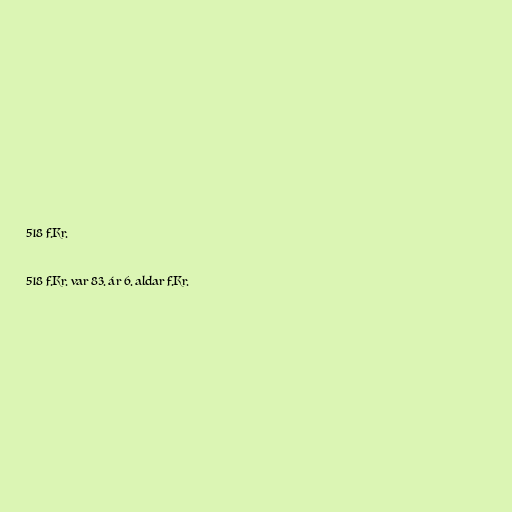
518 f.Kr.

518 f.Kr. var 83. ár 6. aldar f.Kr.